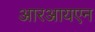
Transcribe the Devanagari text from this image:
आरआयएन